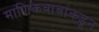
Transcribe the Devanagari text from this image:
माणिकबाबांकडून